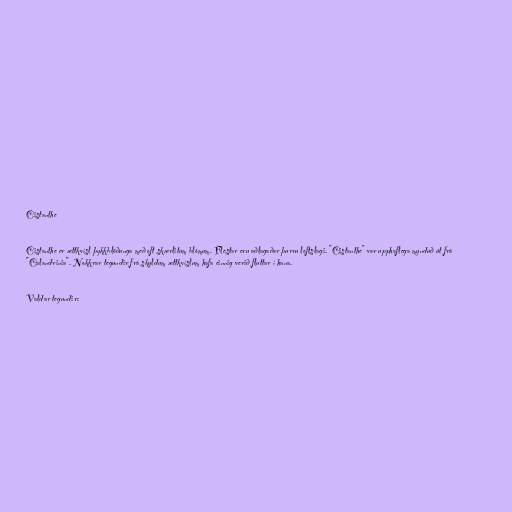
Cistanthe

Cistanthe er ættkvísl þykkblöðunga með oft skærlitum blómum. Flestar eru aðlagaðar þurru loftslagi. "Cistanthe" var upphaflega mynduð út frá
"Calandrinia". Nokkrar tegundir frá skyldum ættkvíslum hafa einnig verið fluttar í hana.

Valdar tegundir: